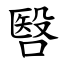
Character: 㗨